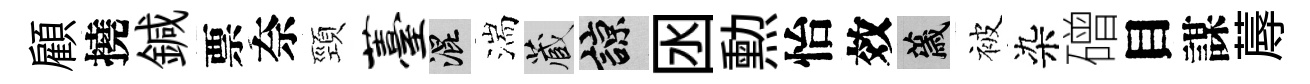
顧撓鍼票奈頸薹混湍藏諒囦勲怡效薉被染磳目謀蓐